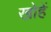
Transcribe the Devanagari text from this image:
खोहें